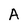
Character: A